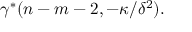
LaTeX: \gamma ^ { * } ( n - m - 2 , - \kappa / { \delta } ^ { 2 } ) .